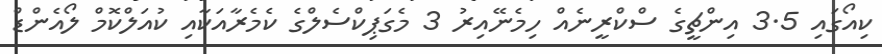
ކިއޯގައި 3.5 އިންޗީގެ ސްކްރީނެއް ހިމެނޭއިރު 3 މެގަޕިކްސެލްގެ ކެމެރާއަކާއި ކުއަލްކޮމް ލޯއެންޑް